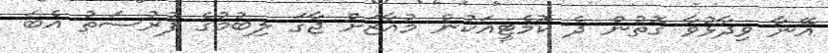
އޭނާ ވިދާޅުވާ ގޮތުން ދެ ކޮމެޓީއަކުން މުއާޒަށް ޖާގަ ލިބުމުގެ ފުރުސަތު އެބަ